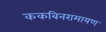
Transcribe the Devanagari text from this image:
ककबिनरामायण